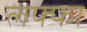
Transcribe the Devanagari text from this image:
लफ्फा